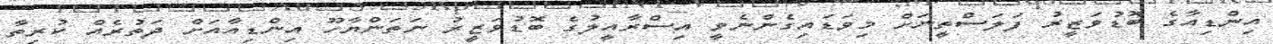
އިންޑިއާގެ ބޮޑުވަޒީރު ފަލަސްތީނަށް މިވަޑައިގެންނެވީ އިސްރާއީލުގެ ބޮޑުވަޒީރު ނަތަންޔާހޫ އިންޑިއާއަށް ދަތުރެއް ކުރިތާ